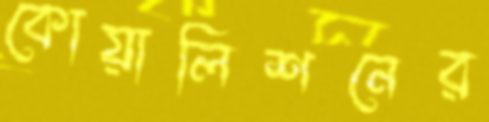
কোয়ালিশনের